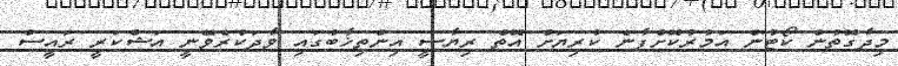
މިދާގޮތުން ކޯޓުން އަމުރުކޮށްފާނެ ކުރިޔަށް އޮތް ރިޔާސީ އިންތިޚާބުގައި ވާދަކުރެވޭނީ އަޝްކަރީ ރައީސް